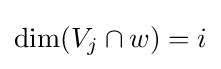
\dim(V_{j}\cap w)=i